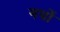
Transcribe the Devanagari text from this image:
गयों